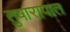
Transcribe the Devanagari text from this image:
तुषारापात